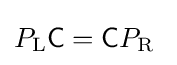
P_{\text{L}}{\mathsf {C}}={\mathsf {C}}P_{\text{R}}~